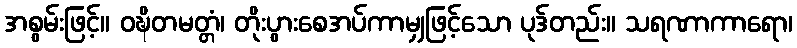
အစွမ်းဖြင့်။ ဝဍ္ဎိတမတ္တံ၊ တိုးပွားစေအပ်ကာမျှဖြင့်သော ပုဒ်တည်း။ သရဏာကာရော၊